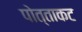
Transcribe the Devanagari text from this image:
पोत्ताकट